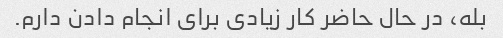
بله، در حال حاضر کار زیادی برای انجام دادن دارم.